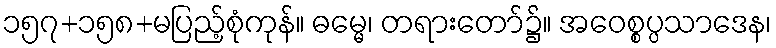
၁၅၇+၁၅၈+မပြည့်စုံကုန်။ ဓမ္မေ၊ တရားတော်၌။ အဝေစ္စပ္ပသာဒေန၊